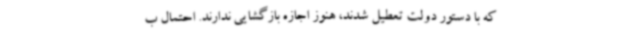
که با دستور دولت تعطیل شدند، هنوز اجازه بازگشایی ندارند. احتمال ب